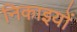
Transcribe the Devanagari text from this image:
निकाइयों